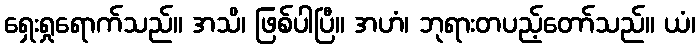
ရှေးရှုရောက်သည်။ အသိ၊ ဖြစ်ပါပြီ။ အဟံ၊ ဘုရားတပည့်တော်သည်။ ယံ၊